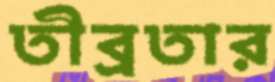
তীব্রতার